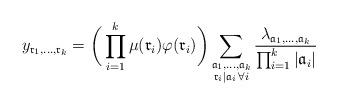
LaTeX: \begin{align*}y_{\mathfrak{r}_1, \dots, \mathfrak{r}_k} =\bigg( \prod_{i=1}^k \mu(\mathfrak{r}_i) \varphi(\mathfrak{r}_i)\bigg)\sum_{\substack{\mathfrak{a}_1, \dots, \mathfrak{a}_k \\ \mathfrak{r}_i \mid \mathfrak{a}_i\,\forall i}} \frac{\lambda_{\mathfrak{a}_1, \dots, \mathfrak{a}_k}}{\prod_{i=1}^k |\mathfrak{a}_i|}\end{align*}